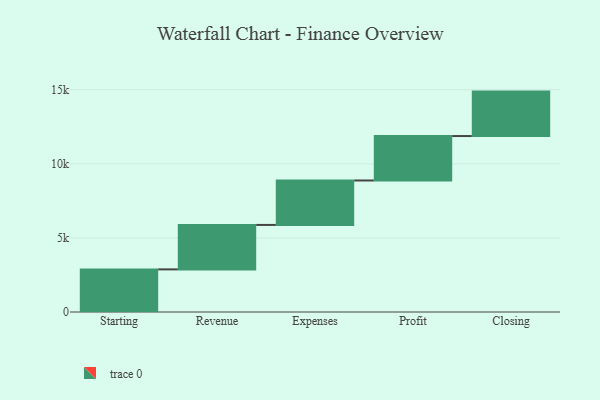
{"axis": {"x": "Step", "y": "Value"}, "legend": [""], "data": [{"x": "Starting", "y": 2877.0, "type": ""}, {"x": "Revenue", "y": 3000, "type": ""}, {"x": "Expenses", "y": 3000, "type": ""}, {"x": "Profit", "y": 3000, "type": ""}, {"x": "Closing", "y": 3000, "type": ""}]}